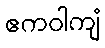
ဧကဝါကျံ